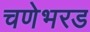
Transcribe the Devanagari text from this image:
चणेभरड